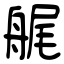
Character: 艉